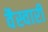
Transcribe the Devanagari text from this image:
वैस्वारी